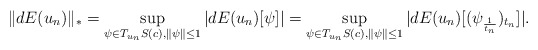
\begin{align*}\|dE(u_n)\|_*=\sup_{\psi \in T_{u_n}S(c), \|\psi\|\leq 1}|dE(u_n)[\psi]|=\sup_{\psi \in T_{u_n}S(c), \|\psi\|\leq 1} |dE(u_n)[(\psi_{\frac{1}{t_n}})_{t_n}]|.\end{align*}